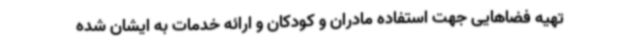
تهیه فضاهایی جهت استفاده مادران و کودکان و ارائه خدمات به ایشان شده